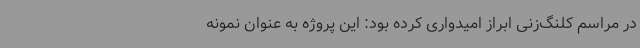
در مراسم کلنگ‌زنی ابراز امیدواری کرده بود: این پروژه به عنوان نمونه